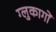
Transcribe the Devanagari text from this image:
ग्लुकागों